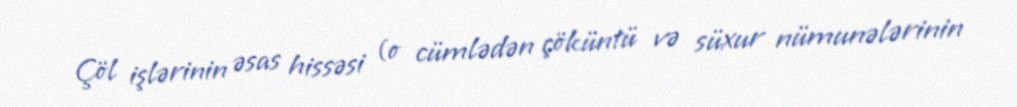
Çöl işlərinin əsas hissəsi (o cümlədən çöküntü və süxur nümunələrinin